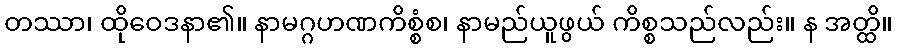
တဿာ၊ ထိုဝေဒနာ၏။ နာမဂ္ဂဟဏကိစ္စံစ၊ နာမည်ယူဖွယ် ကိစ္စသည်လည်း။ န အတ္ထိ။